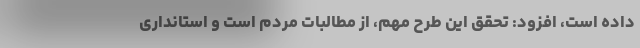
داده است، افزود: تحقق این طرح مهم، از مطالبات مردم است و استانداری